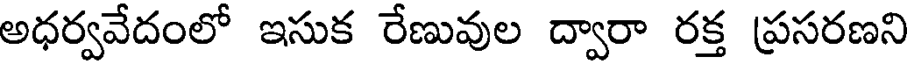
అధర్వవేదంలో ఇసుక రేణువుల ద్వారా రక్త ప్రసరణని